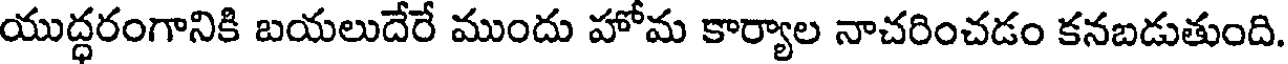
యుద్ధరంగానికి బయలుదేరే ముందు హోమ కార్యాల నాచరించడం కనబడుతుంది